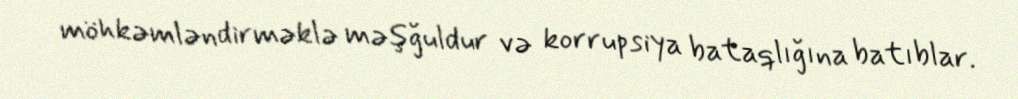
möhkəmləndirməklə məşğuldur və korrupsiya bataqlığına batıblar.